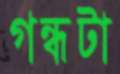
গন্ধটা